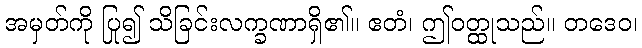
အမှတ်ကို ပြု၍ သိခြင်းလက္ခဏာရှိ၏။ ဧတံ၊ ဤဝတ္ထုသည်။ တဒေဝ၊